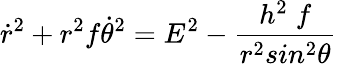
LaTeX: \dot{r}^{2}+r^{2}f\dot{\theta}^{2}=E^{2}-\frac{h^{2}\; f}{r^{2}sin^{2}\theta}